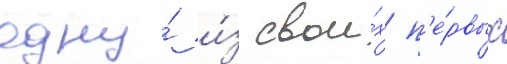
одну́ и́з свои́х п'е́рвых